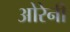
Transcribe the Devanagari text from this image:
ओरेनी